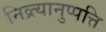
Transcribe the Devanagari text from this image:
निव्र्त्यानुप्पत्ति